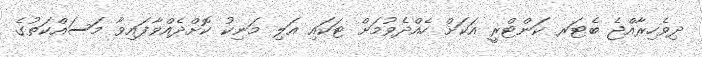
ދިވެހިރާއްޖެ ބެޓަރ ކަންޓްރީ އަކަށް ހެއްދެވުމަށް ޓަކައި އަލި މަނިކު ކޮށްދެއްވާފައިވާ މަސައްކަތުގެ